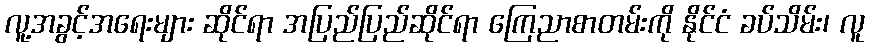
လူ့အခွင့်အရေးများ ဆိုင်ရာ အပြည်ပြည်ဆိုင်ရာ ကြေညာစာတမ်းကို နိုင်ငံ ခပ်သိမ်း၊ လူ